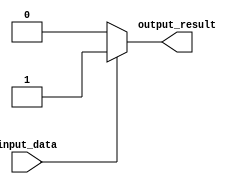
module behavioral_modeling_block (
    input wire input_data,
    output reg output_result
);

task generate_task;
    begin
        // Sequence of operations or tasks to be performed
        // For example, if condition
        if (input_data == 1) begin
            // Task operation
            output_result <= 1;
        end else begin
            // Other task operation
            output_result <= 0;
        end
    end
endtask

initial begin
    // Execute the task sequentially
    generate_task;
end

endmodule